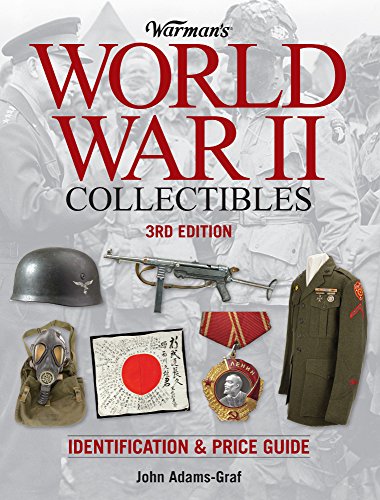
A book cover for Warman's World War II Collectibles: Identification and Price Guide; John Adams-Graf; Crafts, Hobbies & Home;